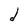
Character: d